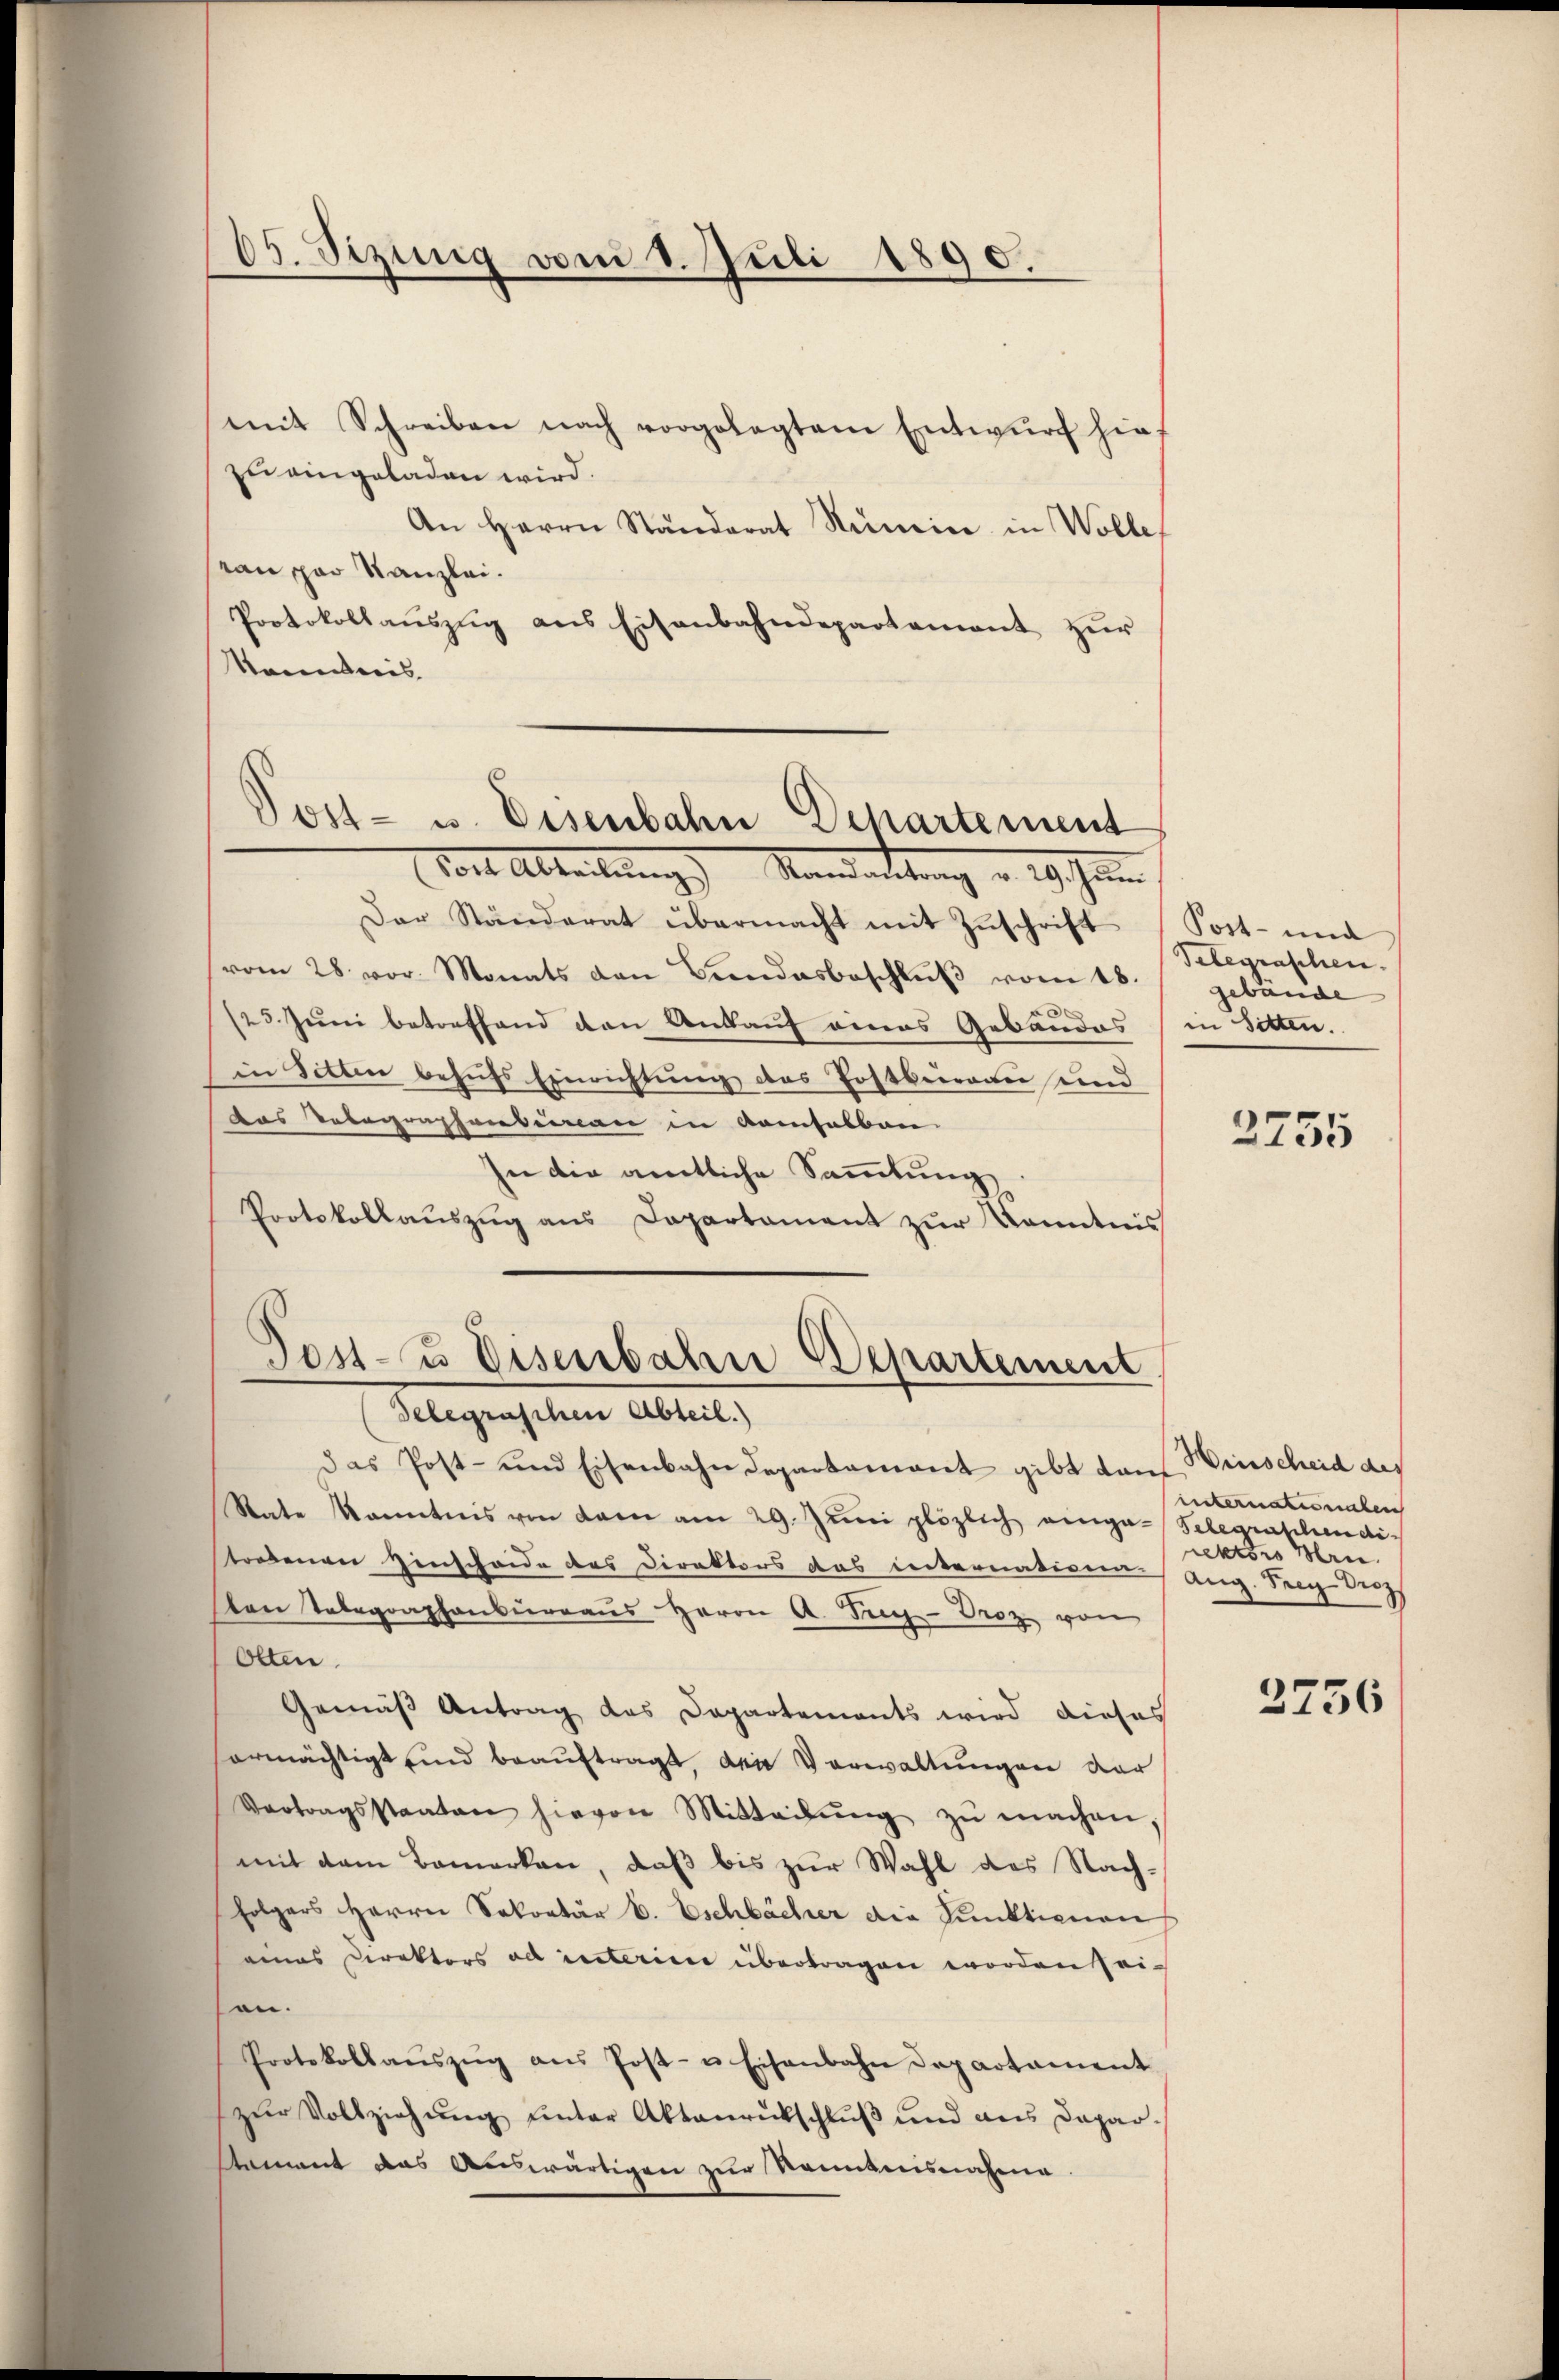
05. Sezung vom 1. Juli 1890.

mit Schreiben nach vorgelegtem Entwŭrf hies
zu eingeladen wird.
An Herrn Ständerat Simia in Wolle,
an par Kanzlei.
Protokollaŭszŭg ans Eisenbahndepartement zŭr
Sainteres
Post- u. Eisenbahn Departement

och Ableitung) Mandartung v. 29. Jenn

Dar Ständerat übermacht mit Zŭschrift (Post- und
vom 28. vor Monats den Bindesbeschlŭβ vom 18.
125. Juni betreffend den Ankauf eines Gebäudes
in Sitten behufs Einrichtung des Postbureau und
das Telegraphenbeman in Ramselben
In die amtliche Sammlung
Protokollauszug aus Dapartament zur Kenntnis

Jost- u Eisenbahn Departement
delegraschen Abteil.)

das Post- und Eisenbahn Departamant gibt dann Winscheid des
Rate kanntnis von dem am 29. Jŭni plözlich einga-Telegraphendi
tredenen Hinscheide des Direktors das internativen Aug. Sieg auf
ten Telegraphenbureaus Herrn A. Tug-Droz. von
Olten
Gemäß Antrag das Departements wird dieses
ermächtigt sind beauftragt, den Verwaltungen der
Vertragsstaaten hievon Mitteilŭng zŭ machen,
mit dem Bemerken, daβ bis zur Wahl des Nachfolgers Herrn Sekretär b. Eschbächer die Funktionen
eines Direktors ad interien übertragen worden sei-
an.
Protokollaŭszŭg ans Post- u. Eisenbahn Departament
zŭr Vollziehŭng ŭnter Aktenrückschluß und aus Dapar¬
Nament das Auswärtigen zur Kenntnisnahme

Telegraschen.
gebäude
in Sitten.

3755

internationalen
rektors Hrn.

2756